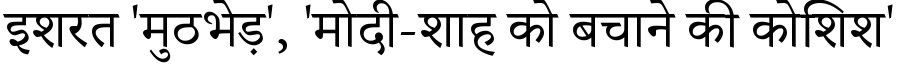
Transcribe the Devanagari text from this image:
इशरत 'मुठभेड़', 'मोदी-शाह को बचाने की कोशिश'